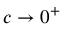
c \to 0 ^ { + }